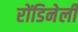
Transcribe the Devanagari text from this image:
रोंडिनेली